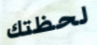
لحظتك